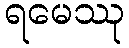
ရမေဿု